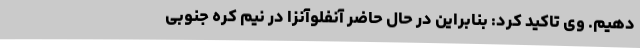
دهیم. وی تاکید کرد: بنابراین در حال حاضر آنفلوآنزا در نیم کره جنوبی